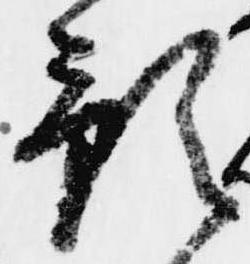
預